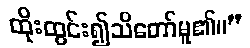
ထိုးထွင်း၍သိတော်မူ၏။”